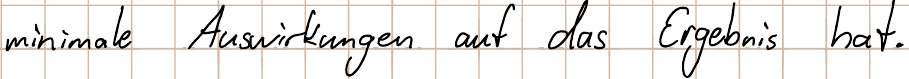
minimale Auswirkungen auf das Ergebnis hat.